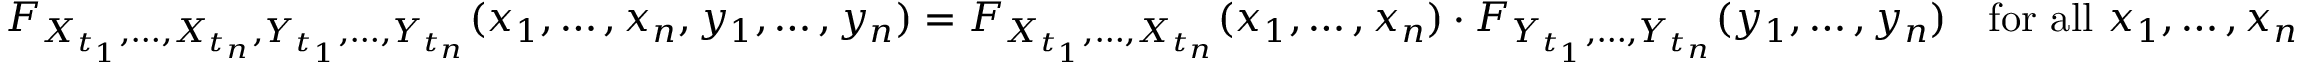
F _ { X _ { t _ { 1 } } , \ldots , X _ { t _ { n } } , Y _ { t _ { 1 } } , \ldots , Y _ { t _ { n } } } ( x _ { 1 } , \ldots , x _ { n } , y _ { 1 } , \ldots , y _ { n } ) = F _ { X _ { t _ { 1 } } , \ldots , X _ { t _ { n } } } ( x _ { 1 } , \ldots , x _ { n } ) \cdot F _ { Y _ { t _ { 1 } } , \ldots , Y _ { t _ { n } } } ( y _ { 1 } , \ldots , y _ { n } ) \quad { \mathrm { f o r ~ a l l ~ } } x _ { 1 } , \ldots , x _ { n }